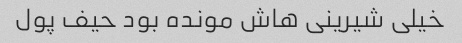
خیلی شیرینی هاش مونده بود حیف پول